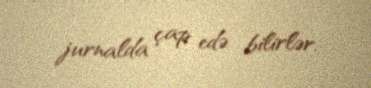
jurnalda çap edə bilirlər.